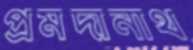
প্রমদানাথ